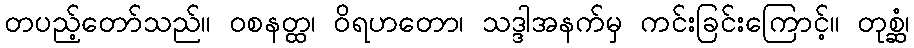
တပည့်တော်သည်။ ဝစနတ္ထ၊ ဝိရဟတော၊ သဒ္ဒါအနက်မှ ကင်းခြင်းကြောင့်။ တုစ္ဆံ၊